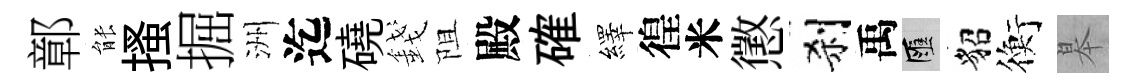
鄣䏻搔掘洲迄磽錢阻殿確繹徨米懲刹禹匯貂衡皋